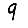
Digit: 9